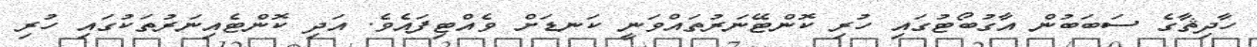
ހާދިޘާގެ ސަބަބުން އާގުބޯޓުގައި ހުރި ކޮންޓޭނަރުތައްވަނީ ކަނޑަށް ވެއްޓިފައެވެ. އަދި ކޮންޓެއިނަރުތަކުގައި ހުރި